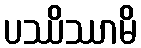
ပဿိဿာမိ